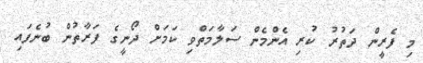
މި ފެރީން ދަތުރު ކުރި އެންމެން ސަލާމަތްވި ކަމަށް ދޯނީގެ ފަރާތުން ބުނެފައި